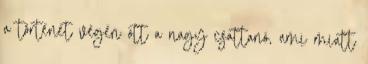
a történet végén ott a nagy csattanó, ami miatt